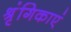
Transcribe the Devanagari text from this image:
श्रृंगिकाएं